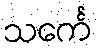
သင်္ကေ